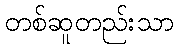
တစ်ဆူတည်းသာ